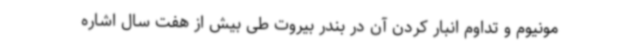
مونیوم و تداوم انبار کردن آن در بندر بیروت طی بیش از هفت سال اشاره